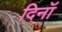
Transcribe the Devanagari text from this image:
दिनॉ